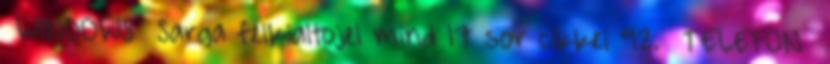
WINDOWS Sarga felkialtojel mind 17 sor cikkei 92. TELEFON